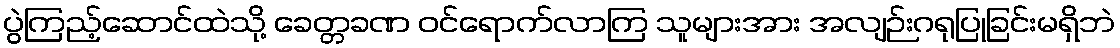
ပွဲကြည့်ဆောင်ထဲသို့ ခေတ္တခဏ ဝင်ရောက်လာကြ သူများအား အလျဉ်းဂရုပြုခြင်းမရှိဘဲ